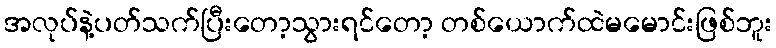
အလုပ်နဲ့ပတ်သက်ပြီးတော့သွားရင်တော့ တစ်ယောက်ထဲမမောင်းဖြစ်ဘူး